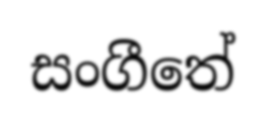
සංගීතේ